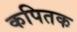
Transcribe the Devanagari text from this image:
कपितक